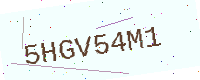
Text: 5HGV54M1